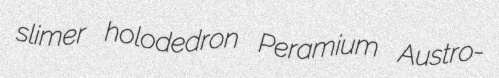
slimer holodedron Peramium Austro-